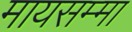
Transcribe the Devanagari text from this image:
मायसम्मा